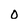
Character: 0